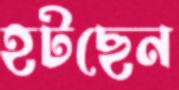
হটছেন